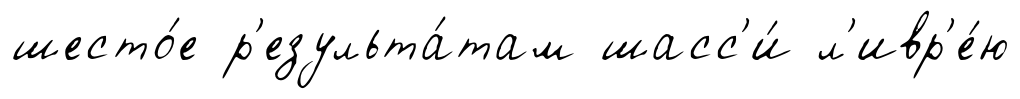
шесто́е р'езульта́там шасс'и́ л'ивр'е́ю